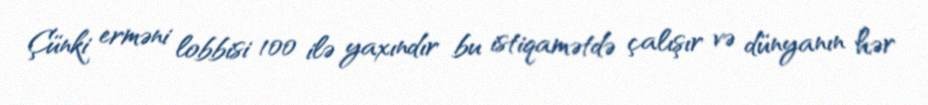
Çünki erməni lobbisi 100 ilə yaxındır bu istiqamətdə çalışır və dünyanın hər